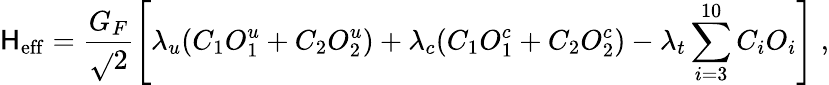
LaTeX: {\cal\mathsf{H}}_{\mathrm{{eff}}}=\frac{{G_{F}}}{{\sqrt{}{{2}}}}\left[\lambda_{u}(C_{1}O_{1}^{u}+C_{2}O_{2}^{u})+\lambda_{c}(C_{1}O_{1}^{c}+C_{2}O_{2}^{c})-\lambda_{t}\sum_{i=3}^{10}C_{i}O_{i}\right]\; ,